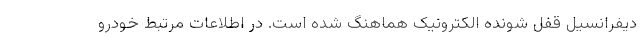
دیفرانسیل قفل شونده الکترونیک هماهنگ شده است. در اطلاعات مرتبط خودرو